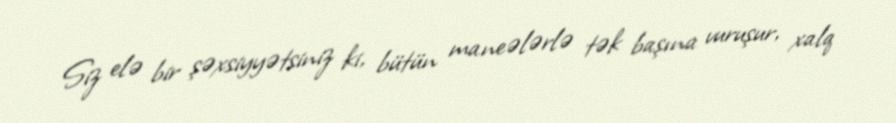
Siz elə bir şəxsiyyətsiniz ki, bütün maneələrlə tək başına vuruşur, xalq